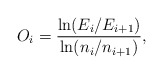
\begin{align*}O_i=\frac{\ln(E_i/ E_{i+1})}{\ln(n_i/n_{i+1})},\end{align*}